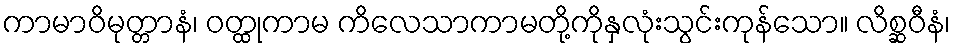
ကာမာဝိမုတ္တာနံ၊ ဝတ္ထုကာမ ကိလေသာကာမတို့ကိုနှလုံးသွင်းကုန်သော။ လိစ္ဆဝီနံ၊